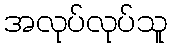
အလုပ်လုပ်သူ